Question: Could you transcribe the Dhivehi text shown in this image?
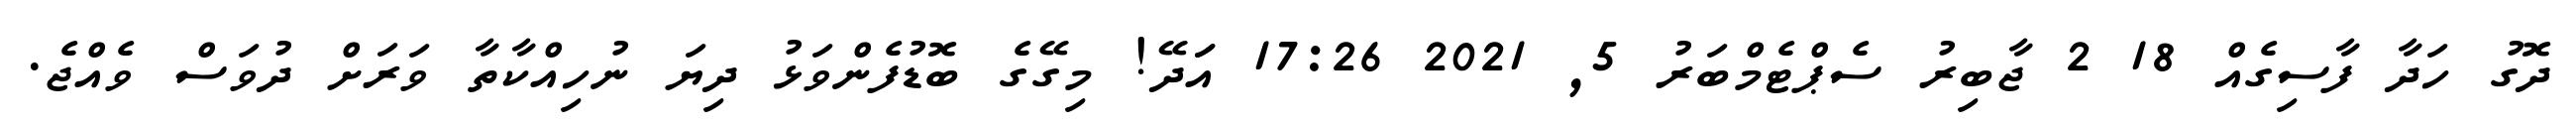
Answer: ދޮގު ހަދާ ފާސިގެއް 18 2 ޖާބިރު ސެޕްޓެމްބަރު 5, 2021 17:26 އަަދޭ! މިގޭގެ ބޮޑުފެންވަޅު ދިޔަ ނުހިއްކާތާ ވަރަށް ދުވަސް ވެއްޖެ.